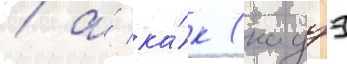
/ а́ ка́к (кадзэ